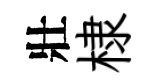
壯棣